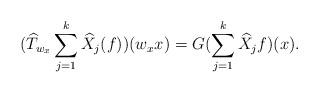
LaTeX: \begin{align*}(\widehat{T}_{w_{x}}\sum_{j=1}^{k}\widehat{X}_{j}(f))(w_{x}x)=G(\sum_{j=1}^{k}\widehat{X}_{j}f)(x). \end{align*}